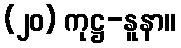
(၂၀) ကုဋ္ဌ-နူနာ။